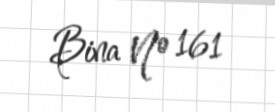
Bina № 161